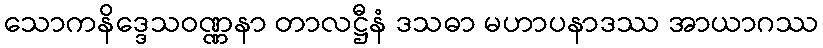
သောကနိဒ္ဒေသဝဏ္ဏနာ တာလဋ္ဌီနံ ဒသဓာ မဟာပနာဒဿ အာယာဂဿ